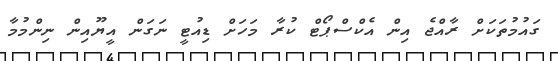
ގައުމުތަކަށް ރާއްޖެ އިން އެކްސްޕޯޓް ކުރާ މަހަށް ޑިއުޓީ ނަގަން އީޔޫއިން ނިންމުމާ